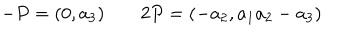
- P = ( 0 , a _ { 3 } ) \; 2 P = ( - a _ { 2 } , a _ { 1 } a _ { 2 } - a _ { 3 } )